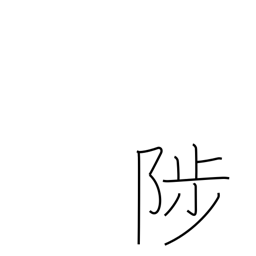
Meaning: rise